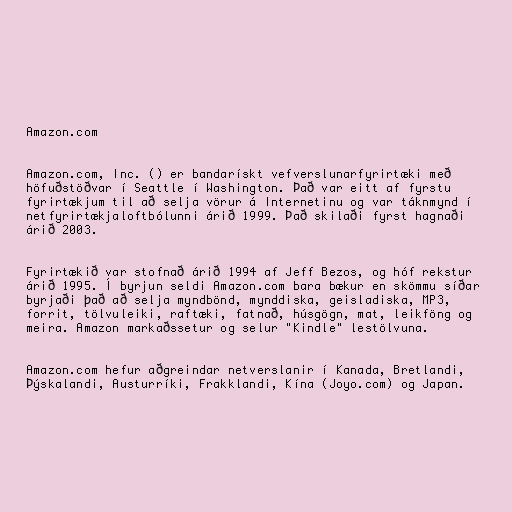
Amazon.com

Amazon.com, Inc. () er bandarískt vefverslunarfyrirtæki með
höfuðstöðvar í Seattle í Washington. Það var eitt af fyrstu
fyrirtækjum til að selja vörur á Internetinu og var táknmynd í
netfyrirtækjaloftbólunni árið 1999. Það skilaði fyrst hagnaði
árið 2003.

Fyrirtækið var stofnað árið 1994 af Jeff Bezos, og hóf rekstur
árið 1995. Í byrjun seldi Amazon.com bara bækur en skömmu síðar
byrjaði það að selja myndbönd, mynddiska, geisladiska, MP3,
forrit, tölvuleiki, raftæki, fatnað, húsgögn, mat, leikföng og
meira. Amazon markaðssetur og selur "Kindle" lestölvuna.

Amazon.com hefur aðgreindar netverslanir í Kanada, Bretlandi,
Þýskalandi, Austurríki, Frakklandi, Kína (Joyo.com) og Japan.